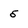
Character: 5